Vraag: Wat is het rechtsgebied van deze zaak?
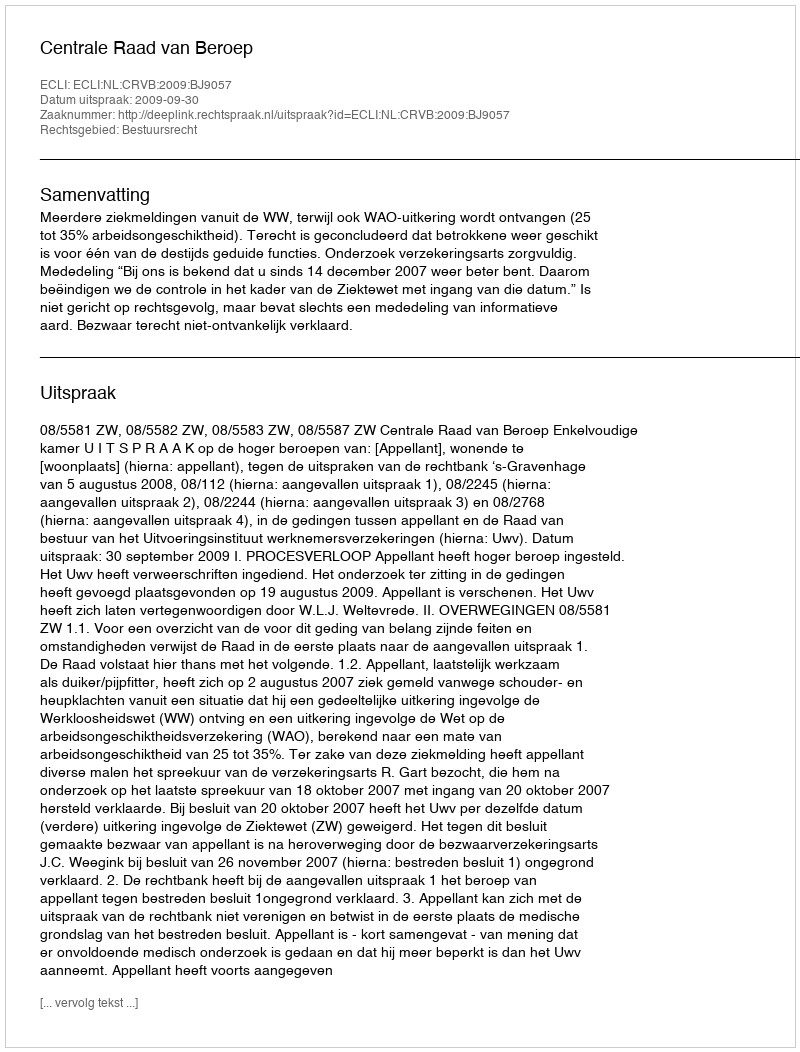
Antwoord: Bestuursrecht